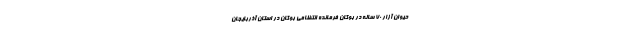
حیوان آزار ۷۰ ساله در بوکان فرمانده انتظامی بوکان در استان آذربایجان